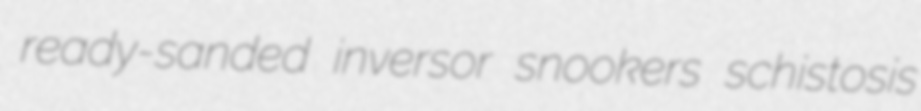
ready-sanded inversor snookers schistosis